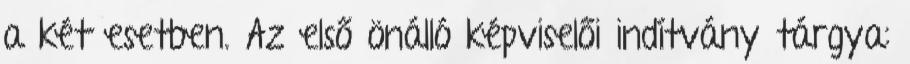
a két esetben. Az első önálló képviselői indítvány tárgya: